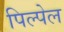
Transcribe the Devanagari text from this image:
पिल्पेल